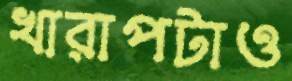
খারাপটাও